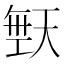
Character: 𪥙